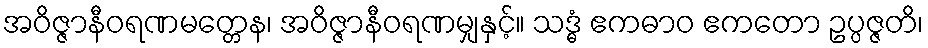
အဝိဇ္ဇာနီဝရဏမတ္တေန၊ အဝိဇ္ဇာနီဝရဏမျှနှင့်။ သဒ္ဓံ ဧကဓာဝ ဧကတော ဥပ္ပဇ္ဇတိ၊